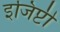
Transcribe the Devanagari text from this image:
इजिप्टी